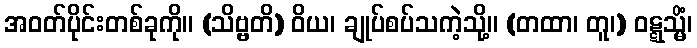
အဝတ်ပိုင်းတစ်ခုကို။ (သိဗ္ဗတိ) ဝိယ၊ ချုပ်စပ်သကဲ့သို့။ (တထာ၊ တူ၊) ဝဋ္ဋသ္မိံ၊